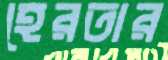
হেরতার